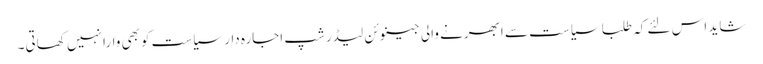
شاید اس لئے کہ طلبا سیاست سے ابھرنے والی جینوئن لیڈرشپ اجارہ دار سیاست کوبھی وارا نہیں کھاتی۔